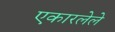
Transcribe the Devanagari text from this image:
एकारलेले